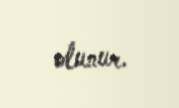
olunur.